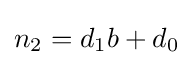
n_{2}=d_{1}b+d_{0}